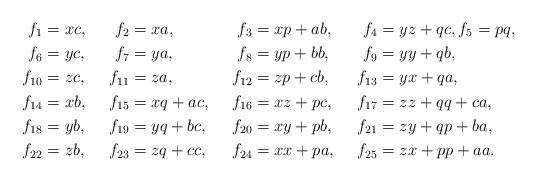
LaTeX: \begin{align*}f_1&=xc,&f_2&=xa,&f_3&=xp+ab,&f_4&=yz+qc,f_5=pq,\\f_6&=yc,&f_7&=ya,&f_8&=yp+bb,&f_9&=yy+qb,\\f_{10}&=zc,&f_{11}&=za,&f_{12}&=zp+cb,&f_{13}&=yx+qa,\\f_{14}&=xb,&f_{15}&=xq+ac,&f_{16}&=xz+pc,&f_{17}&=zz+qq+ca,\\f_{18}&=yb,&f_{19}&=yq+bc,&f_{20}&=xy+pb,&f_{21}&=zy+qp+ba,\\f_{22}&=zb,&f_{23}&=zq+cc,&f_{24}&=xx+pa,&f_{25}&=zx+pp+aa.\end{align*}